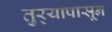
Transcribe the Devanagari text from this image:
तुर्‍यांपासून